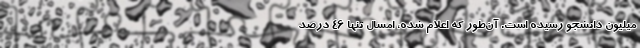
میلیون دانشجو رسیده است. آن‌طور که اعلام‌ شده، امسال تنها 46 درصد